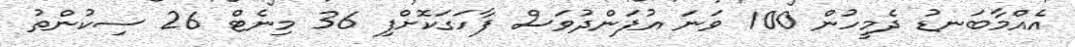
އެއްމާބަނޑު ދެމީހުން 100 ވަނަ އުފަންދުވަސް ފާހަގަކޮށްފި 36 މިނެޓް 26 ސިކުންތު